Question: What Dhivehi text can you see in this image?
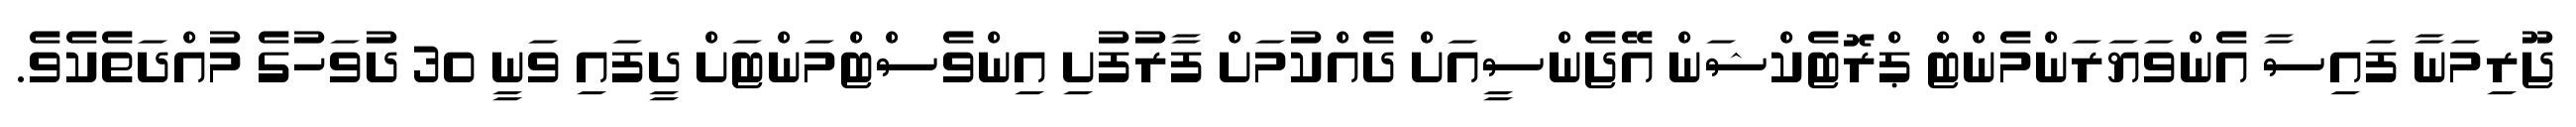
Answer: ޖޫރިމަނާ ފައިސާ އެންވަޔަރަންމެންޓް ޕްރޮޓެކްޝަން އޭޖެންސީއަށް ދެއްކުމަށް ފާރުފުށި އިންވެސްޓްމަންޓަށް ދީފައި ވަނީ 30 ދުވަހުގެ މުއްދަތެކެވެ.